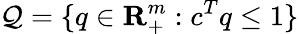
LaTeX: {\cal\mathcal{Q}}=\{ q\in{\mathbf{{R}}}_{+}^{m}:c^{T}q\leq1\}